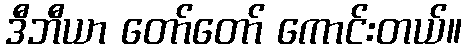
ဒီဘီယာ တော်တော် ကောင်းတယ်။